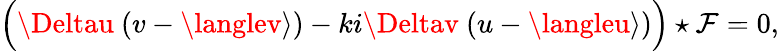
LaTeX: \Bigl(\Deltau~(v-\langlev\rangle)-ki\Deltav~(u-\langleu\rangle)\Bigr)\star\mathcal{F}=0,